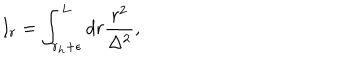
I _ { r } = \int _ { r _ { h } + \epsilon } ^ { L } d r \frac { r ^ { 2 } } { \Delta ^ { 2 } } ,